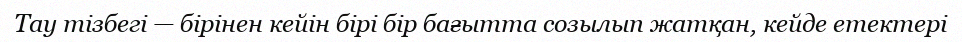
Тау тізбегі — бірінен кейін бірі бір бағытта созылып жатқан, кейде етектері